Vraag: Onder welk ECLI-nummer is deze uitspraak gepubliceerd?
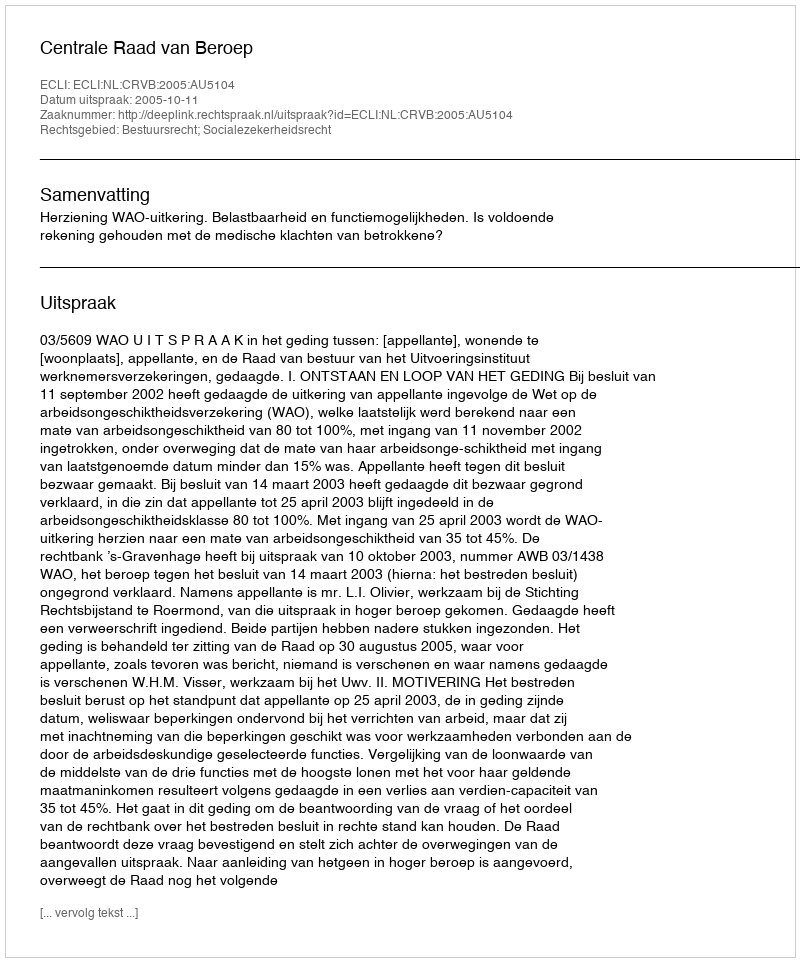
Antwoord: ECLI:NL:CRVB:2005:AU5104